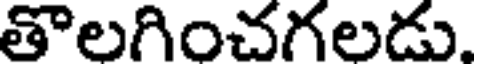
తొలగించగలడు.